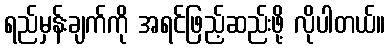
ရည်မှန်းချက်ကို အရင်ဖြည့်ဆည်းဖို့ လိုပါတယ်။